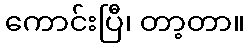
ကောင်းပြီ၊ တာ့တာ။